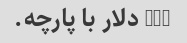
150 دلار با پارچه.